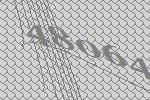
48064